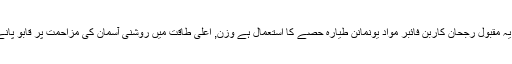
اب بہت ہے کیونکہ یہ مقبول رجحان کاربن فائبر مواد یونمانن طیارہ حصے کا استعمال ہے وزن, اعلی طاقت میں روشنی آسمان کی مزاحمت پر قابو پانے میں مدد ملتی ہے ۔